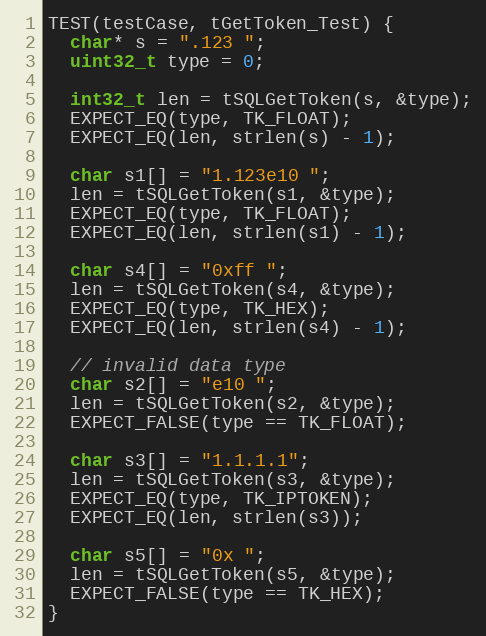
Language: C++
TEST(testCase, tGetToken_Test) {
  char* s = ".123 ";
  uint32_t type = 0;

  int32_t len = tSQLGetToken(s, &type);
  EXPECT_EQ(type, TK_FLOAT);
  EXPECT_EQ(len, strlen(s) - 1);

  char s1[] = "1.123e10 ";
  len = tSQLGetToken(s1, &type);
  EXPECT_EQ(type, TK_FLOAT);
  EXPECT_EQ(len, strlen(s1) - 1);

  char s4[] = "0xff ";
  len = tSQLGetToken(s4, &type);
  EXPECT_EQ(type, TK_HEX);
  EXPECT_EQ(len, strlen(s4) - 1);

  // invalid data type
  char s2[] = "e10 ";
  len = tSQLGetToken(s2, &type);
  EXPECT_FALSE(type == TK_FLOAT);

  char s3[] = "1.1.1.1";
  len = tSQLGetToken(s3, &type);
  EXPECT_EQ(type, TK_IPTOKEN);
  EXPECT_EQ(len, strlen(s3));

  char s5[] = "0x ";
  len = tSQLGetToken(s5, &type);
  EXPECT_FALSE(type == TK_HEX);
}